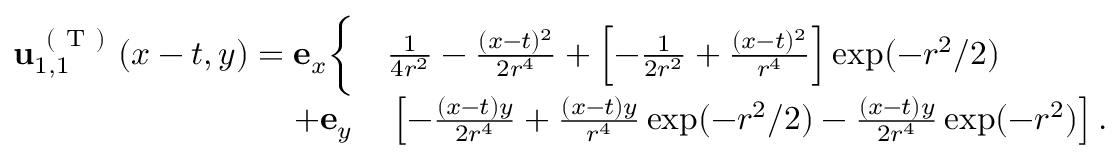
\begin{array} { r l } { \mathbf { u } _ { 1 , 1 } ^ { \mathrm { ~ ( ~ T ~ ) ~ } } ( x - t , y ) = \mathbf { e } _ { x } \bigg \{ } & { { } \frac { 1 } { 4 r ^ { 2 } } - \frac { ( x - t ) ^ { 2 } } { 2 r ^ { 4 } } + \left[ - \frac { 1 } { 2 r ^ { 2 } } + \frac { ( x - t ) ^ { 2 } } { r ^ { 4 } } \right] \exp ( - r ^ { 2 } / 2 ) } \\ { + \mathbf { e } _ { y } } & { { } \left[ - \frac { ( x - t ) y } { 2 r ^ { 4 } } + \frac { ( x - t ) y } { r ^ { 4 } } \exp ( - r ^ { 2 } / 2 ) - \frac { ( x - t ) y } { 2 r ^ { 4 } } \exp ( - r ^ { 2 } ) \right] . } \end{array}